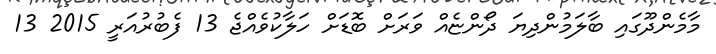
މާމެންދޫގައި ބާލަމުންދިޔަ ދޯންޏެއް ވަރަށް ބޮޑަށް ހަލާކުވެއްޖެ 13 ފެބުރުއަރީ 2015 13